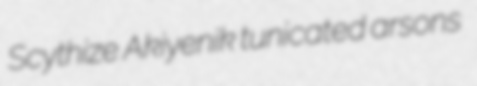
Scythize Akiyenik tunicated arsons